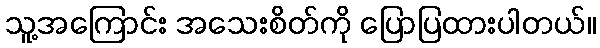
သူ့အကြောင်း အသေးစိတ်ကို ပြောပြထားပါတယ်။